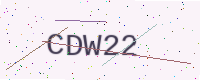
Text: CDW22